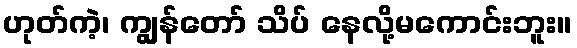
ဟုတ်ကဲ့၊ ကျွန်တော် သိပ် နေလို့မကောင်းဘူး။